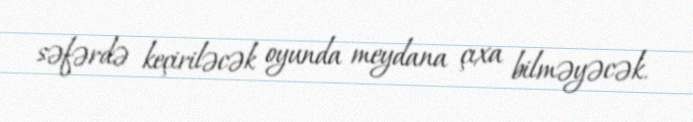
səfərdə keçiriləcək oyunda meydana çıxa bilməyəcək.